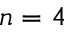
n = 4